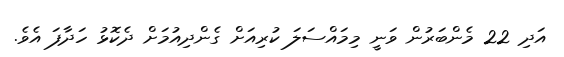
އަދި 22 މެންބަރުން ވަނީ މިމައްސަލަ ކުރިއަށް ގެންދިއުމަށް ދެކޮޅު ހަދާފަ އެވެ.